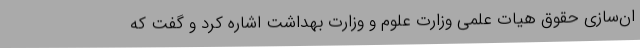
ان‌سازی حقوق هیات علمی وزارت علوم و وزارت بهداشت اشاره کرد و گفت که